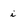
Character: i